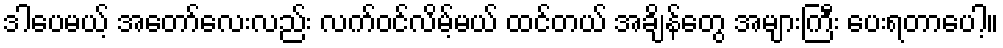
ဒါပေမယ့် အတော်လေးလည်း လက်ဝင်လိမ့်မယ် ထင်တယ် အချိန်တွေ အများကြီး ပေးရတာပေါ့။